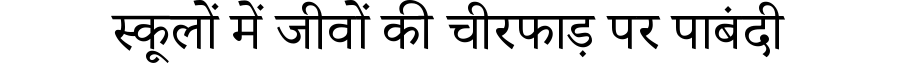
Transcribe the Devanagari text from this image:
स्कूलों में जीवों की चीरफाड़ पर पाबंदी